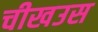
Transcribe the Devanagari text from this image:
चीखउस